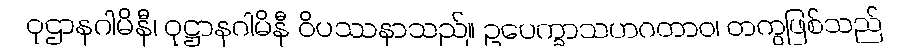
ဝုဌာနဂါမိနီ၊ ဝုဋ္ဌာနဂါမိနီ ဝိပဿနာသည်။ ဥပေက္ခာသဟဂတာဝ၊ တကွဖြစ်သည်